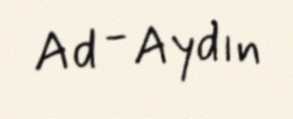
Ad - Aydın